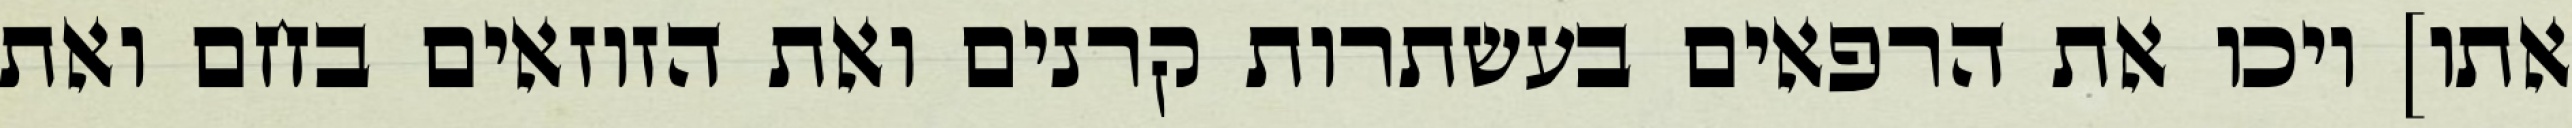
אתו] ויכו את הרפאים בעשתרות קרנים ואת הזוזאים בחם ואת